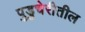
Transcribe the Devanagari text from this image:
पुडुचेरीतील